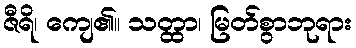
ဇီရိ၊ ကျေ၏။ သတ္ထာ၊ မြတ်စွာဘုရား